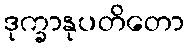
ဒုက္ခာနုပတိတော